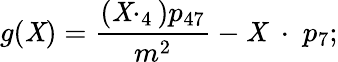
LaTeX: g(\mathit{X})=\frac{{(\mathit{X}\cdotp_{4})p_{47}}}{{m^{2}}}-\mathit{X}\; \cdot\; p_{7};